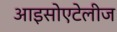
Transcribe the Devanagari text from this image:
आइसोएटेलीज